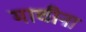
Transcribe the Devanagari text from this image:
माचीना